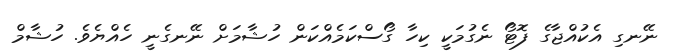
ނޭނގި އެކުއްޖާގެ ފޮޓޯ ނެގުމަކީ ކިހާ ގޯސްކަމެއްކަން ހުޝާމަށް ނޭނގެނީ ހެއްޔެވެެ. ހުޝާމް